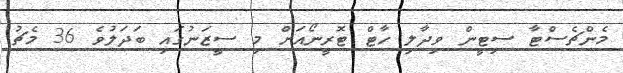
މެންޗެސްޓާ ސިޓީން ވިދާލި ހާޓް ޓޮރީނޯއަށް މި ސީޒަނުގައި ބަދަލުވެ 36 މެޗު